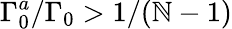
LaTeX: \Gamma_{0}^{a}/\Gamma_{0}>1/(\mathbb{N}-1)